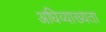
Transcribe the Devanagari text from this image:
अधिव्याख्यता